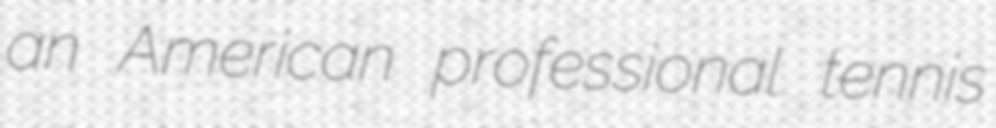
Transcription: an American professional tennis